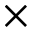
\times